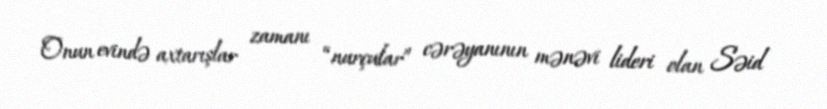
Onun evində axtarışlar zamanı “nurçular” cərəyanının mənəvi lideri olan Səid